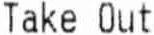
TAKE OUT